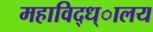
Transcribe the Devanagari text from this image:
महाविद्ध्ालय